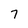
Character: 7